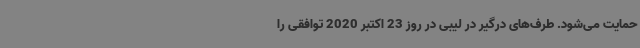
حمایت می‌شود. طرف‌های درگیر در لیبی در روز 23 اکتبر 2020 توافقی را